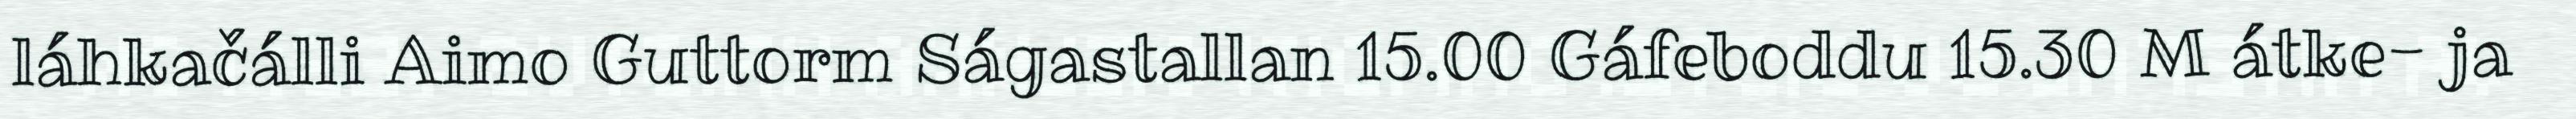
láhkačálli Aimo Guttorm Ságastallan 15.00 Gáfeboddu 15.30 M átke- ja